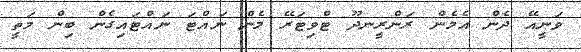
ވަނީއޭ ދެން އެމެން ރަންރީނދޫ ޓްވިޓަރޭ މެން ނައްޓަ ނައްޓައިގެން ބިން މަތީ